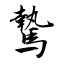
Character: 驇